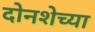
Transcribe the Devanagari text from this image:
दोनशेच्या